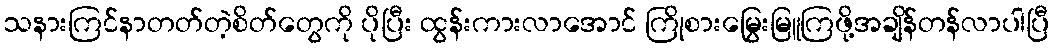
သနားကြင်နာတတ်တဲ့စိတ်တွေကို ပိုပြီး ထွန်းကားလာအောင် ကြိုစားမြွေးမြူကြဖို့အချိန်တန်လာပါပြီ